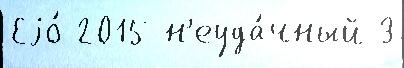
Еjо́ 2015 н'еуда́чный 3